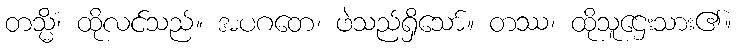
တသ္မိံ၊ ထိုလင်သည်။ အပဂတေ၊ ဖဲသည်ရှိသော်။ တဿ၊ ထိုသူဌေးသား၏။